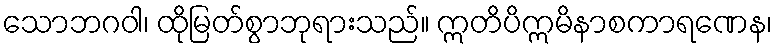
သောဘဂဝါ၊ ထိုမြတ်စွာဘုရားသည်။ ဣတိပိဣမိနာစကာရဏေန၊